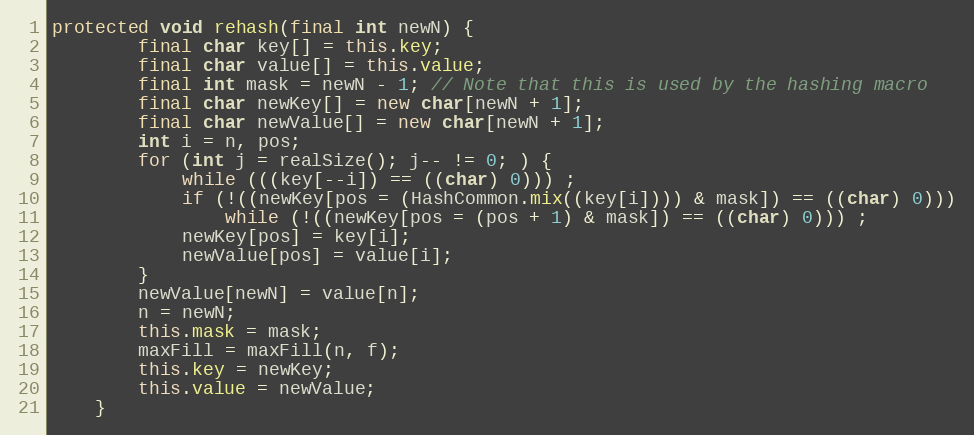
Language: Java
protected void rehash(final int newN) {
        final char key[] = this.key;
        final char value[] = this.value;
        final int mask = newN - 1; // Note that this is used by the hashing macro
        final char newKey[] = new char[newN + 1];
        final char newValue[] = new char[newN + 1];
        int i = n, pos;
        for (int j = realSize(); j-- != 0; ) {
            while (((key[--i]) == ((char) 0))) ;
            if (!((newKey[pos = (HashCommon.mix((key[i]))) & mask]) == ((char) 0)))
                while (!((newKey[pos = (pos + 1) & mask]) == ((char) 0))) ;
            newKey[pos] = key[i];
            newValue[pos] = value[i];
        }
        newValue[newN] = value[n];
        n = newN;
        this.mask = mask;
        maxFill = maxFill(n, f);
        this.key = newKey;
        this.value = newValue;
    }